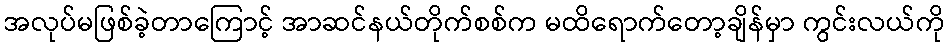
အလုပ်မဖြစ်ခဲ့တာကြောင့် အာဆင်နယ်တိုက်စစ်က မထိရောက်တော့ချိန်မှာ ကွင်းလယ်ကို